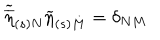
\widetilde { \overline { { { \eta } } } } _ { ( s ) N } \widetilde { \eta } _ { ( s ) M } = \delta _ { N M }